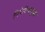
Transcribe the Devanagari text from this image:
निगेटिव्हसुद्धा